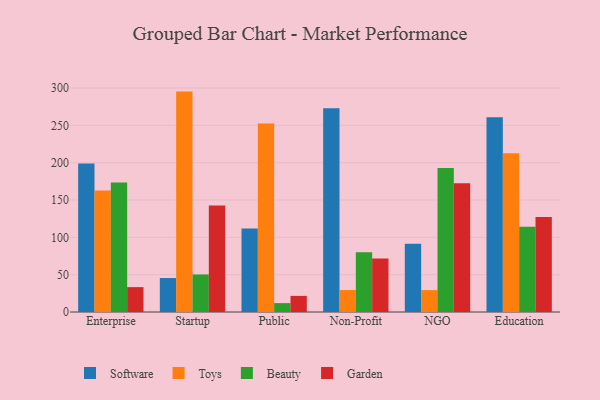
{"axis": {"x": "Segment", "y": "Shipments"}, "legend": ["Beauty", "Garden", "Software", "Toys"], "data": [{"x": "Enterprise", "y": 198.9, "type": "Software"}, {"x": "Enterprise", "y": 162.6, "type": "Toys"}, {"x": "Enterprise", "y": 173.5, "type": "Beauty"}, {"x": "Enterprise", "y": 33.3, "type": "Garden"}, {"x": "Startup", "y": 45.5, "type": "Software"}, {"x": "Startup", "y": 295.2, "type": "Toys"}, {"x": "Startup", "y": 50.3, "type": "Beauty"}, {"x": "Startup", "y": 142.7, "type": "Garden"}, {"x": "Public", "y": 112.0, "type": "Software"}, {"x": "Public", "y": 252.6, "type": "Toys"}, {"x": "Public", "y": 11.9, "type": "Beauty"}, {"x": "Public", "y": 21.6, "type": "Garden"}, {"x": "Non-Profit", "y": 273.0, "type": "Software"}, {"x": "Non-Profit", "y": 29.4, "type": "Toys"}, {"x": "Non-Profit", "y": 80.0, "type": "Beauty"}, {"x": "Non-Profit", "y": 71.5, "type": "Garden"}, {"x": "NGO", "y": 91.3, "type": "Software"}, {"x": "NGO", "y": 29.3, "type": "Toys"}, {"x": "NGO", "y": 192.9, "type": "Beauty"}, {"x": "NGO", "y": 172.5, "type": "Garden"}, {"x": "Education", "y": 260.7, "type": "Software"}, {"x": "Education", "y": 212.7, "type": "Toys"}, {"x": "Education", "y": 114.3, "type": "Beauty"}, {"x": "Education", "y": 127.1, "type": "Garden"}]}